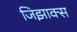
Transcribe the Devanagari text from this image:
जिझाक्स